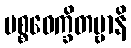
ပစ္စဝေက္ခိတဗ္ဗာနိ